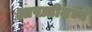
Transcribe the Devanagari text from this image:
आपत्तीमध्ये